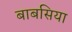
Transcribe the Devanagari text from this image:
बाबसिया